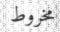
مخروط